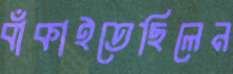
বাঁকাইতেছিলেন